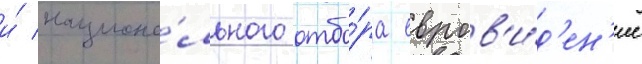
и́ национа́льного отбо́ра евров'и́д'ен'ие